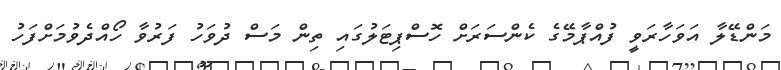
މަންޑޭލާ އަވަހާރަވީ ފުއްޕާމޭގެ ކެންސަރަށް ހޮސްޕިޓަލުގައި ތިން މަސް ދުވަހު ފަރުވާ ހޯއްދެވުމަށްފަހު